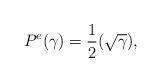
LaTeX: \begin{align*}P_{}^e(\gamma _{} )= \frac{1}{2}(\sqrt{ \gamma _{}}),\end{align*}